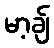
မာ့ချ်